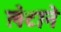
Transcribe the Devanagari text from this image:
लेटाने